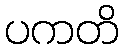
ပကတိ